Lunatic asylums in Bengal annual reports 1899-1911 - 1899-1911
Year: 1899
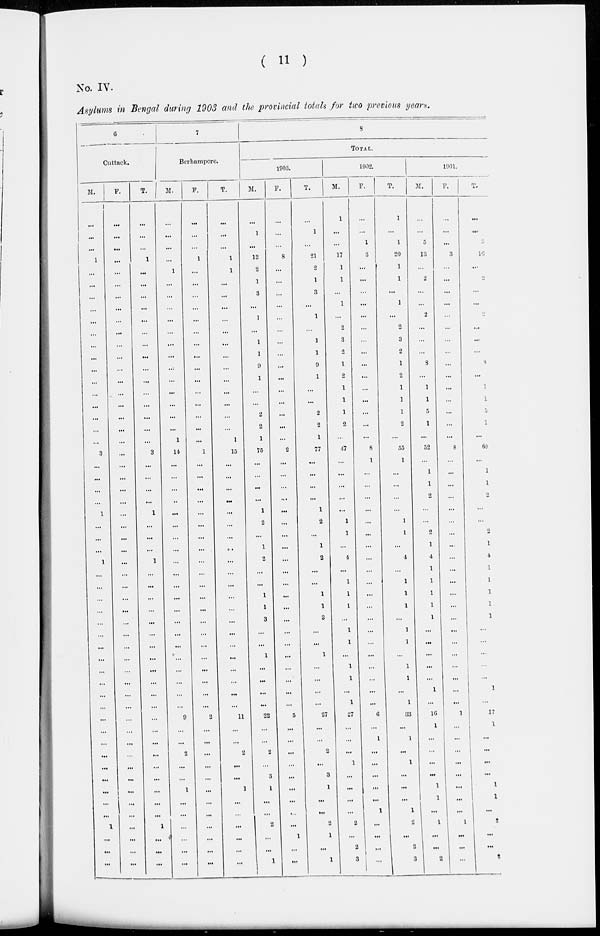
( 11 )
No. IV.
Asylums in Bengal during 1903 and the provincial totals for two previous years.
6
Cuttack.
M.
...
...
...
1
...
...
...
...
...
...
...
...
...
...
...
...
...
...
...
3
...
...
...
...
1
...
...
...
1
...
...
...
...
...
...
...
...
...
...
...
...
...
...
...
...
...
...
...
...
...
1
...
...
...
F.
...
...
...
...
...
...
...
...
...
...
...
...
...
...
...
...
...
...
...
...
...
...
...
...
...
...
...
...
...
...
...
...
...
...
...
...
...
...
...
...
...
...
...
...
...
...
...
...
...
...
...
...
...
...
T.
...
...
...
1
...
...
...
...
...
...
...
...
...
...
...
...
...
...
3
...
...
...
...
1
...
...
...
1
...
...
...
...
...
...
...
...
...
...
...
...
...
...
...
...
...
...
...
...
...
1
...
...
...
7
Berhampore.
M.
...
...
...
...
1
...
...
...
...
...
...
...
...
...
...
...
...
...
1
14
...
...
...
...
...
...
...
...
...
...
...
...
...
...
...
...
...
...
...
...
...
9
...
...
2
...
...
1
...
...
...
...
...
...
F.
...
...
...
1
...
...
...
...
...
...
...
...
...
...
...
...
...
...
...
1
...
...
...
...
...
...
...
...
...
...
...
...
...
...
...
...
...
...
...
...
...
2
...
...
...
...
...
...
...
...
...
...
...
...
T.
...
...
...
1
1
...
...
...
...
...
...
...
...
...
...
...
...
...
1
15
...
...
...
...
...
...
...
...
...
...
...
...
...
...
...
...
...
...
...
...
...
11
...
...
2
...
...
1
...
...
...
...
...
...
8
TOTAL.
1903.
M.
...
1
...
13
2
1
3
...
1
...
1
1
9
1
...
...
2
2
1
75
...
...
...
...
1
2
...
1
2
...
...
1
1
3
...
...
1
...
...
...
...
22
...
...
2
...
3
1
...
...
2
...
...
1
F.
...
...
...
8
...
...
...
...
...
...
...
...
...
...
...
...
...
...
...
2
...
...
...
...
...
...
...
...
...
...
...
...
...
...
...
...
...
...
...
...
...
5
...
...
...
...
...
...
...
...
...
1
...
...
T.
...
1
...
21
2
1
3
...
1
...
1
1
9
1
...
...
2
2
1
77
...
...
...
...
1
2
...
1
2
...
...
1
1
3
...
...
1
...
...
...
...
27
...
...
2
...
3
1
...
...
2
1
...
1
1902.
M.
1
...
...
17
1
1
...
1
...
2
3
2
1
2
1
1
1
2
...
47
...
...
...
...
...
1
1
...
4
...
1
1
1
...
1
1
...
1
1
...
1
27
...
...
...
1
...
...
...
...
2
...
2
3
F.
...
...
1
3
...
...
...
...
...
...
...
...
...
...
...
...
...
...
...
8
1
...
...
...
...
...
...
...
...
...
...
...
...
...
...
...
...
...
...
...
...
6
...
1
...
...
...
...
...
1
...
...
...
...
T.
1
...
1
20
1
1
...
1
...
2
3
2
1
2
1
1
1
2
...
55
1
...
...
...
...
1
1
...
4
...
1
1
1
...
1
1
...
1
1
...
1
33
...
1
...
1
...
...
...
1
2
...
2
3
1901.
M.
...
...
5
13
...
2
...
...
2
...
...
...
8
...
1
1
5
1
...
52
...
1
1
2
...
...
2
1
4
1
1
1
1
1
...
...
...
...
...
1
...
16
1
...
...
...
...
1
1
...
1
...
...
2
F.
...
...
...
3
...
...
...
...
...
...
...
...
...
...
...
...
...
...
...
8
...
...
...
...
...
...
...
...
...
...
...
...
...
...
...
...
...
...
...
...
...
1
...
...
...
...
...
...
...
...
1
...
...
...
T.
...
...
5
16
...
2
...
...
2
...
...
...
8
...
1
1
5
1
...
60
...
1
1
2
...
...
2
1
4
1
1
1
1
1
...
...
...
...
...
1
...
17
1
...
...
...
...
1
1
...
2
...
...
2